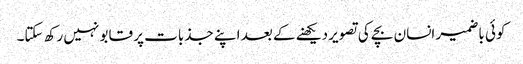
کوئی باضمیر انسان بچے کی تصویر دیکھنے کے بعد اپنے جذبات پر قابو نہیں رکھ سکتا۔